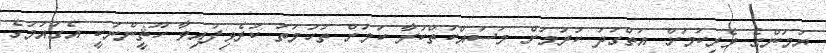
ޔަމަންގެ ވެރިކަމަށް އަތްގަދަ ކުރުމަށް މަސައްކަތްކުރާ ކަމަށް ތުހުމަތު ކުރެވިފައިވާ ހޫޘީންނަކީ އެގައުމުގެ